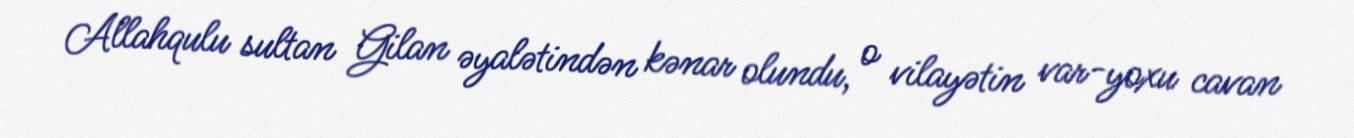
Allahqulu sultan Gilan əyalətindən kənar olundu, o vilayətin var-yoxu cavan